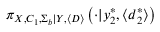
\pi _ { \boldsymbol { X } , C _ { 1 } , \Sigma _ { b } | \boldsymbol { Y } , \langle \boldsymbol { D } \rangle } \left( \cdot | \boldsymbol { y } _ { 2 } ^ { * } , \langle \boldsymbol { d } _ { 2 } ^ { * } \rangle \right)